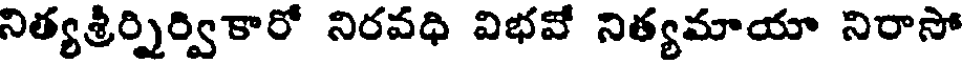
నిత్యశ్రీర్నిర్వికారో నిరవధి విభవో నిత్యమాయా నిరాసో